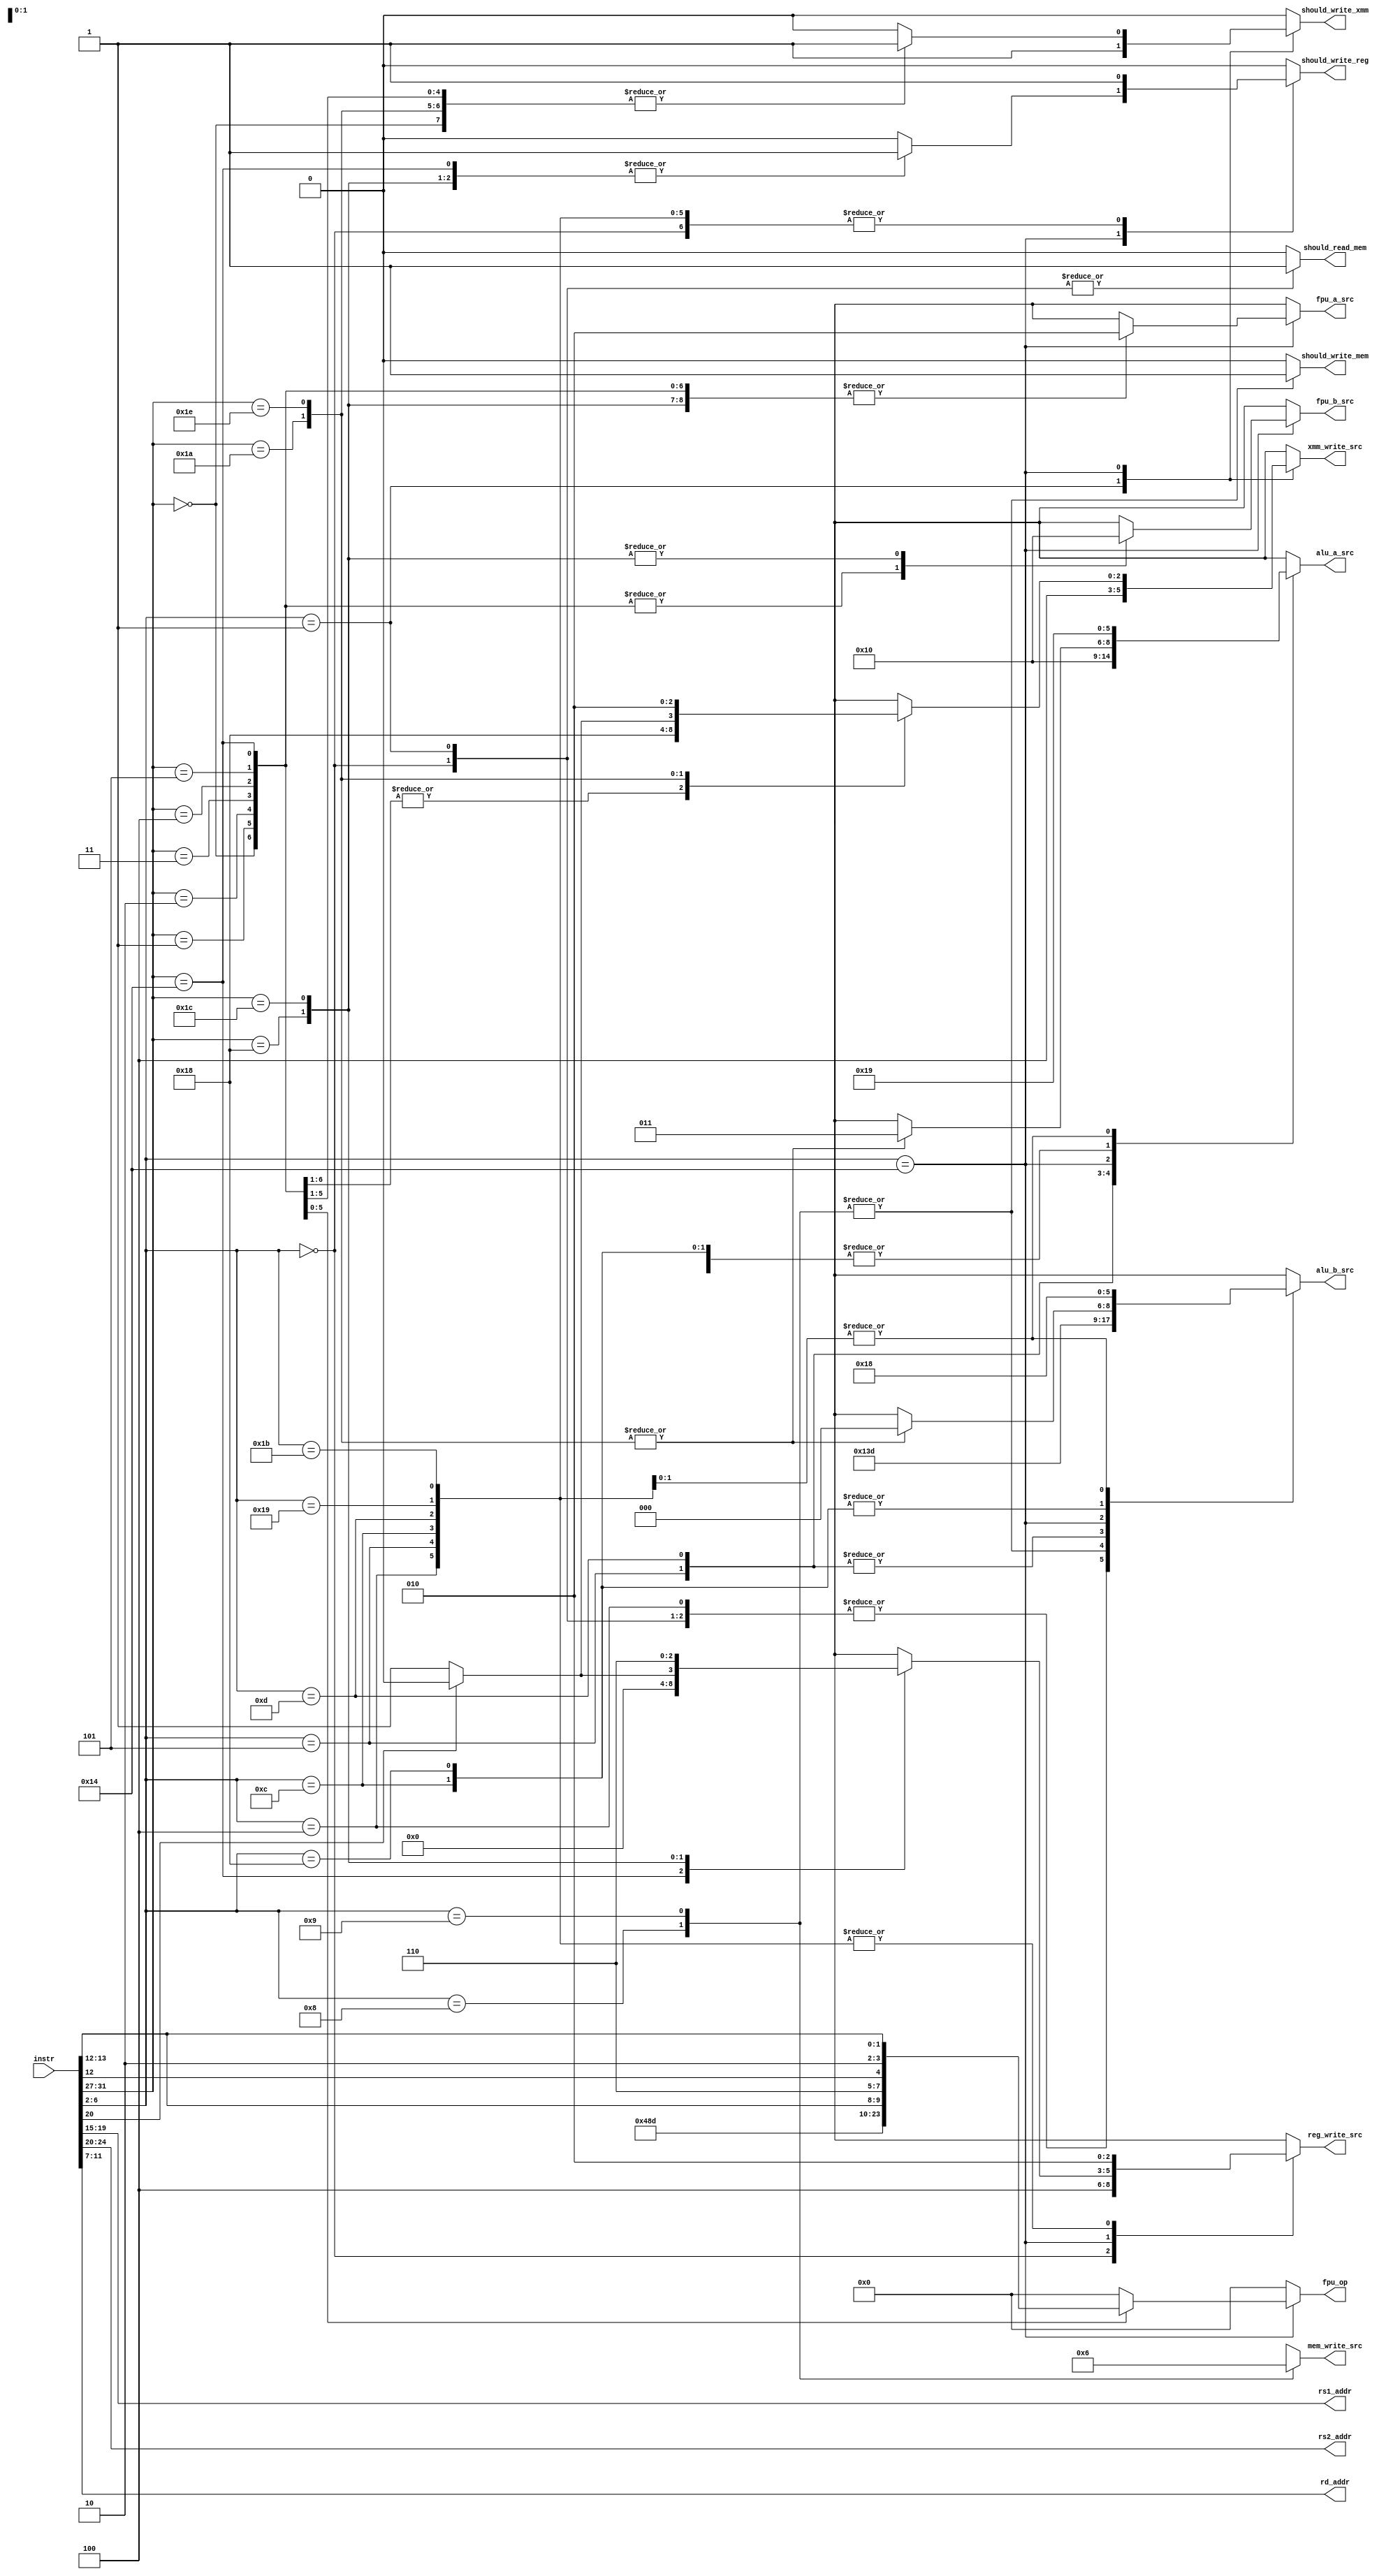
`timescale 1ns/1ps

module InstructionControlExtractor(
  input [31:0] instr,

  output reg should_read_mem,
  output reg should_write_mem,
  output reg should_write_reg,
  output reg should_write_xmm,

  output [4:0] rs1_addr,
  output [4:0] rs2_addr,
  output [4:0] rd_addr,

  output reg [2:0] alu_a_src,
  output reg [2:0] alu_b_src,
  output reg [3:0] fpu_op,
  output reg [2:0] fpu_a_src,
  output reg [2:0] fpu_b_src,
  output reg [2:0] reg_write_src,
  output reg [2:0] xmm_write_src,
  output reg [1:0] mem_write_src
);

  assign rs1_addr = instr[19:15];
  assign rs2_addr = instr[24:20];
  assign rd_addr = instr[11:7];

  localparam ALU_SRC_ZERO      = 3'b000;
  localparam ALU_SRC_PC_PLUS4  = 3'b001;
  localparam ALU_SRC_PC        = 3'b010;
  localparam ALU_SRC_REG       = 3'b011;
  localparam ALU_SRC_IMM12     = 3'b100;
  localparam ALU_SRC_IMM20     = 3'b101;
  localparam ALU_SRC_XMM       = 3'b110;
  localparam ALU_SRC_IMM12HL   = 3'b111;
  localparam ALU_SRC_DONT_CARE = 3'bXXX;

  localparam FPU_SRC_ZERO      = 3'b000;
  localparam FPU_SRC_ONE       = 3'b001;
  localparam FPU_SRC_XMM       = 3'b010;
  localparam FPU_SRC_REG_FP32  = 3'b011;
  localparam FPU_SRC_REG_U32   = 3'b100;
  localparam FPU_SRC_REG_I32   = 3'b101;
  localparam FPU_SRC_DONT_CARE = 3'bXXX;

  localparam REG_WRITE_SRC_FPU_U32   = 3'b000;
  localparam REG_WRITE_SRC_FPU_I32   = 3'b001;
  localparam REG_WRITE_SRC_ALU       = 3'b010;
  localparam REG_WRITE_SRC_MEM       = 3'b100;
  localparam REG_WRITE_SRC_FPU_FP32  = 3'b110;
  localparam REG_WRITE_SRC_DONT_CARE = 3'bXXX;

  localparam XMM_WRITE_SRC_ALU_U32   = 3'b000;
  localparam XMM_WRITE_SRC_ALU_I32   = 3'b001;
  localparam XMM_WRITE_SRC_ALU_FP32  = 3'b010;
  localparam XMM_WRITE_SRC_MEM       = 3'b100;
  localparam XMM_WRITE_SRC_FPU       = 3'b110;
  localparam XMM_WRITE_SRC_DONT_CARE = 3'bXXX;

  localparam MEM_WRITE_SRC_REG = 2'b01;
  localparam MEM_WRITE_SRC_XMM = 2'b10;
  localparam MEM_WRITE_SRC_DONT_CARE = 2'bXX;

  always @(*) begin
    case (instr[6:2])
      // ## Memory Read Access
      //
      // A word will be extracted from address position `rs1 + imm12` and stored
      // in `rd`.
      5'h00: begin
        should_read_mem        <= 1;
        should_write_mem       <= 0;
        should_write_reg       <= 1;
        should_write_xmm       <= 0;
        alu_a_src              <= ALU_SRC_REG;
        alu_b_src              <= ALU_SRC_IMM12;
        fpu_op                 <= 4'b0000;
        fpu_a_src              <= FPU_SRC_DONT_CARE;
        fpu_b_src              <= FPU_SRC_DONT_CARE;
        reg_write_src          <= REG_WRITE_SRC_MEM;
        xmm_write_src          <= XMM_WRITE_SRC_DONT_CARE;
        mem_write_src          <= MEM_WRITE_SRC_DONT_CARE;
      end
      // ## Floating-point Memory Read Access
      //
      // A word will be extracted from address position `rs1 + imm12` and stored
      // in `xd`.
      5'h01: begin
        should_read_mem        <= 1;
        should_write_mem       <= 0;
        should_write_reg       <= 0;
        should_write_xmm       <= 1;
        alu_a_src              <= ALU_SRC_REG;
        alu_b_src              <= ALU_SRC_IMM12;
        fpu_op                 <= 4'b0000;
        fpu_a_src              <= FPU_SRC_DONT_CARE;
        fpu_b_src              <= FPU_SRC_DONT_CARE;
        reg_write_src          <= REG_WRITE_SRC_DONT_CARE;
        xmm_write_src          <= XMM_WRITE_SRC_MEM;
        mem_write_src          <= MEM_WRITE_SRC_DONT_CARE;
      end
      // ## Fences
      5'h03: begin
        // FIXME: (penguinliong) Just a nop for now.
        should_read_mem        <= 0;
        should_write_mem       <= 0;
        should_write_reg       <= 0;
        should_write_xmm       <= 0;
        alu_a_src              <= ALU_SRC_DONT_CARE;
        alu_b_src              <= ALU_SRC_DONT_CARE;
        fpu_op                 <= 4'b0000;
        fpu_a_src              <= FPU_SRC_DONT_CARE;
        fpu_b_src              <= FPU_SRC_DONT_CARE;
        reg_write_src          <= REG_WRITE_SRC_DONT_CARE;
        xmm_write_src          <= XMM_WRITE_SRC_DONT_CARE;
        mem_write_src          <= MEM_WRITE_SRC_DONT_CARE;
      end
      // ## Immediate-value Arithmetic Operations
      5'h04: begin
        should_read_mem        <= 0;
        should_write_mem       <= 0;
        should_write_reg       <= 1;
        should_write_xmm       <= 0;
        alu_a_src              <= ALU_SRC_REG;
        alu_b_src              <= ALU_SRC_IMM12;
        fpu_op                 <= 4'b0000;
        fpu_a_src              <= FPU_SRC_DONT_CARE;
        fpu_b_src              <= FPU_SRC_DONT_CARE;
        reg_write_src          <= REG_WRITE_SRC_ALU;
        xmm_write_src          <= XMM_WRITE_SRC_DONT_CARE;
        mem_write_src          <= MEM_WRITE_SRC_DONT_CARE;
      end
      // ## Add Upper Immediate to PC
      5'h05: begin
        should_read_mem        <= 0;
        should_write_mem       <= 0;
        should_write_reg       <= 1;
        should_write_xmm       <= 0;
        alu_a_src              <= ALU_SRC_PC;
        alu_b_src              <= ALU_SRC_IMM20;
        fpu_op                 <= 4'b0000;
        fpu_a_src              <= FPU_SRC_DONT_CARE;
        fpu_b_src              <= FPU_SRC_DONT_CARE;
        reg_write_src          <= REG_WRITE_SRC_ALU;
        xmm_write_src          <= XMM_WRITE_SRC_DONT_CARE;
        mem_write_src          <= MEM_WRITE_SRC_DONT_CARE;
      end
      // ## Memory Write Access
      //
      // A word in `rs2` will be written back to address position `rs1 + imm12`.
      5'h08: begin
        should_read_mem        <= 0;
        should_write_mem       <= 1;
        should_write_reg       <= 0;
        should_write_xmm       <= 0;
        alu_a_src              <= ALU_SRC_REG;
        alu_b_src              <= ALU_SRC_IMM12HL;
        fpu_op                 <= 4'b0000;
        fpu_a_src              <= FPU_SRC_DONT_CARE;
        fpu_b_src              <= FPU_SRC_DONT_CARE;
        reg_write_src          <= REG_WRITE_SRC_DONT_CARE;
        xmm_write_src          <= XMM_WRITE_SRC_DONT_CARE;
        mem_write_src          <= MEM_WRITE_SRC_REG;
      end
      // ## Floating-point Memory Write Access
      //
      // A word in `xs2` will be written back to address position `rs1 + imm12`.
      5'h09: begin
        should_read_mem        <= 0;
        should_write_mem       <= 1;
        should_write_reg       <= 0;
        should_write_xmm       <= 0;
        alu_a_src              <= ALU_SRC_REG;
        alu_b_src              <= ALU_SRC_IMM12HL;
        fpu_op                 <= 4'b0000;
        fpu_a_src              <= FPU_SRC_DONT_CARE;
        fpu_b_src              <= FPU_SRC_DONT_CARE;
        reg_write_src          <= REG_WRITE_SRC_DONT_CARE;
        xmm_write_src          <= XMM_WRITE_SRC_DONT_CARE;
        mem_write_src          <= MEM_WRITE_SRC_XMM;
      end
      // ## Register-register Arithmetic Operations
      5'h0c: begin
        should_read_mem        <= 0;
        should_write_mem       <= 0;
        should_write_reg       <= 1;
        should_write_xmm       <= 0;
        alu_a_src              <= ALU_SRC_REG;
        alu_b_src              <= ALU_SRC_REG;
        fpu_op                 <= 4'b0000;
        fpu_a_src              <= FPU_SRC_DONT_CARE;
        fpu_b_src              <= FPU_SRC_DONT_CARE;
        reg_write_src          <= REG_WRITE_SRC_ALU;
        xmm_write_src          <= XMM_WRITE_SRC_DONT_CARE;
        mem_write_src          <= MEM_WRITE_SRC_DONT_CARE;
      end
      // ## Load Upper Immediate
      5'h0d: begin
        should_read_mem        <= 0;
        should_write_mem       <= 0;
        should_write_reg       <= 1;
        should_write_xmm       <= 0;
        alu_a_src              <= ALU_SRC_ZERO;
        alu_b_src              <= ALU_SRC_IMM20;
        fpu_op                 <= 4'b0000;
        fpu_a_src              <= FPU_SRC_DONT_CARE;
        fpu_b_src              <= FPU_SRC_DONT_CARE;
        reg_write_src          <= REG_WRITE_SRC_ALU;
        xmm_write_src          <= XMM_WRITE_SRC_DONT_CARE;
        mem_write_src          <= MEM_WRITE_SRC_DONT_CARE;
      end
      // ## Floating-point arithmetics
      5'h14: begin
        case (instr[31:27])
          5'h00: begin // fadd.s
            should_read_mem        <= 0;
            should_write_mem       <= 0;
            should_write_reg       <= 0;
            should_write_xmm       <= 1;
            alu_a_src              <= ALU_SRC_DONT_CARE;
            alu_b_src              <= ALU_SRC_DONT_CARE;
            fpu_op                 <= 4'b0000;
            fpu_a_src              <= FPU_SRC_XMM;
            fpu_b_src              <= FPU_SRC_XMM;
            reg_write_src          <= REG_WRITE_SRC_DONT_CARE;
            xmm_write_src          <= XMM_WRITE_SRC_FPU;
            mem_write_src          <= MEM_WRITE_SRC_DONT_CARE;
          end
          5'h01: begin // fsub.s
            should_read_mem        <= 0;
            should_write_mem       <= 0;
            should_write_reg       <= 0;
            should_write_xmm       <= 1;
            alu_a_src              <= ALU_SRC_DONT_CARE;
            alu_b_src              <= ALU_SRC_DONT_CARE;
            fpu_op                 <= 4'b0001;
            fpu_a_src              <= FPU_SRC_XMM;
            fpu_b_src              <= FPU_SRC_XMM;
            reg_write_src          <= REG_WRITE_SRC_DONT_CARE;
            xmm_write_src          <= XMM_WRITE_SRC_FPU;
            mem_write_src          <= MEM_WRITE_SRC_DONT_CARE;
          end
          5'h02: begin // fmul.s
            should_read_mem        <= 0;
            should_write_mem       <= 0;
            should_write_reg       <= 0;
            should_write_xmm       <= 1;
            alu_a_src              <= ALU_SRC_DONT_CARE;
            alu_b_src              <= ALU_SRC_DONT_CARE;
            fpu_op                 <= 4'b0010;
            fpu_a_src              <= FPU_SRC_XMM;
            fpu_b_src              <= FPU_SRC_XMM;
            reg_write_src          <= REG_WRITE_SRC_DONT_CARE;
            xmm_write_src          <= XMM_WRITE_SRC_FPU;
            mem_write_src          <= MEM_WRITE_SRC_DONT_CARE;
          end
          5'h03: begin // fdiv.s
            should_read_mem        <= 0;
            should_write_mem       <= 0;
            should_write_reg       <= 0;
            should_write_xmm       <= 1;
            alu_a_src              <= ALU_SRC_DONT_CARE;
            alu_b_src              <= ALU_SRC_DONT_CARE;
            fpu_op                 <= 4'b0011;
            fpu_a_src              <= FPU_SRC_XMM;
            fpu_b_src              <= FPU_SRC_XMM;
            reg_write_src          <= REG_WRITE_SRC_DONT_CARE;
            xmm_write_src          <= XMM_WRITE_SRC_FPU;
            mem_write_src          <= MEM_WRITE_SRC_DONT_CARE;
          end
          5'h04: begin // fsgnj.s, fsgnjn.s, fsgnjx.s
            should_read_mem        <= 0;
            should_write_mem       <= 0;
            should_write_reg       <= 0;
            should_write_xmm       <= 1;
            alu_a_src              <= ALU_SRC_DONT_CARE;
            alu_b_src              <= ALU_SRC_DONT_CARE;
            fpu_op                 <= {2'b01, instr[13:12]};
            fpu_a_src              <= FPU_SRC_XMM;
            fpu_b_src              <= FPU_SRC_XMM;
            reg_write_src          <= REG_WRITE_SRC_DONT_CARE;
            xmm_write_src          <= XMM_WRITE_SRC_FPU;
            mem_write_src          <= MEM_WRITE_SRC_DONT_CARE;
          end
          5'h05: begin // fmin.s, fmax.s
            should_read_mem        <= 0;
            should_write_mem       <= 0;
            should_write_reg       <= 0;
            should_write_xmm       <= 1;
            alu_a_src              <= ALU_SRC_DONT_CARE;
            alu_b_src              <= ALU_SRC_DONT_CARE;
            fpu_op                 <= {3'b110, instr[12]};
            fpu_a_src              <= FPU_SRC_XMM;
            fpu_b_src              <= FPU_SRC_XMM;
            reg_write_src          <= REG_WRITE_SRC_DONT_CARE;
            xmm_write_src          <= XMM_WRITE_SRC_FPU;
            mem_write_src          <= MEM_WRITE_SRC_DONT_CARE;
          end
          5'h14: begin // fle.s, flt.s, feq.s
            should_read_mem        <= 0;
            should_write_mem       <= 0;
            should_write_reg       <= 1;
            should_write_xmm       <= 0;
            alu_a_src              <= ALU_SRC_DONT_CARE;
            alu_b_src              <= ALU_SRC_DONT_CARE;
            fpu_op                 <= {2'b10, instr[13:12]};
            fpu_a_src              <= FPU_SRC_XMM;
            fpu_b_src              <= FPU_SRC_XMM;
            reg_write_src          <= REG_WRITE_SRC_FPU_U32;
            xmm_write_src          <= XMM_WRITE_SRC_DONT_CARE;
            mem_write_src          <= MEM_WRITE_SRC_DONT_CARE;
          end
          5'h18: begin // fcvt.w.s, fcvt.wu.s
            should_read_mem        <= 0;
            should_write_mem       <= 0;
            should_write_reg       <= 1;
            should_write_xmm       <= 0;
            alu_a_src              <= ALU_SRC_DONT_CARE;
            alu_b_src              <= ALU_SRC_DONT_CARE;
            fpu_op                 <= 4'b0000;
            fpu_a_src              <= FPU_SRC_XMM;
            fpu_b_src              <= FPU_SRC_ZERO;
            reg_write_src          <= instr[20] ? REG_WRITE_SRC_FPU_U32 : REG_WRITE_SRC_FPU_I32;
            xmm_write_src          <= XMM_WRITE_SRC_DONT_CARE;
            mem_write_src          <= MEM_WRITE_SRC_DONT_CARE;
          end
          5'h1A: begin // fcvt.s.w, fcvt.s.wu
            should_read_mem        <= 0;
            should_write_mem       <= 0;
            should_write_reg       <= 0;
            should_write_xmm       <= 1;
            alu_a_src              <= ALU_SRC_REG;
            alu_b_src              <= ALU_SRC_ZERO;
            fpu_op                 <= 4'b0000;
            fpu_a_src              <= FPU_SRC_DONT_CARE;
            fpu_b_src              <= FPU_SRC_DONT_CARE;
            reg_write_src          <= REG_WRITE_SRC_DONT_CARE;
            xmm_write_src          <= instr[20] ? XMM_WRITE_SRC_ALU_U32 : XMM_WRITE_SRC_ALU_I32;
            mem_write_src          <= MEM_WRITE_SRC_DONT_CARE;
          end
          5'h1C: begin // fmv.x.w
            should_read_mem        <= 0;
            should_write_mem       <= 0;
            should_write_reg       <= 1;
            should_write_xmm       <= 0;
            alu_a_src              <= ALU_SRC_DONT_CARE;
            alu_b_src              <= ALU_SRC_DONT_CARE;
            fpu_op                 <= 4'b0000;
            fpu_a_src              <= FPU_SRC_XMM;
            fpu_b_src              <= FPU_SRC_ZERO;
            reg_write_src          <= REG_WRITE_SRC_FPU_FP32;
            xmm_write_src          <= XMM_WRITE_SRC_DONT_CARE;
            mem_write_src          <= MEM_WRITE_SRC_DONT_CARE;
          end
          5'h1E: begin // fmv.w.x
            should_read_mem        <= 0;
            should_write_mem       <= 0;
            should_write_reg       <= 0;
            should_write_xmm       <= 1;
            alu_a_src              <= ALU_SRC_REG;
            alu_b_src              <= ALU_SRC_ZERO;
            fpu_op                 <= 4'b0000;
            fpu_a_src              <= FPU_SRC_DONT_CARE;
            fpu_b_src              <= FPU_SRC_DONT_CARE;
            reg_write_src          <= REG_WRITE_SRC_DONT_CARE;
            xmm_write_src          <= XMM_WRITE_SRC_ALU_FP32;
            mem_write_src          <= MEM_WRITE_SRC_DONT_CARE;
          end
          default: begin
            should_read_mem        <= 0;
            should_write_mem       <= 0;
            should_write_reg       <= 0;
            should_write_xmm       <= 0;
            alu_a_src              <= ALU_SRC_DONT_CARE;
            alu_b_src              <= ALU_SRC_DONT_CARE;
            fpu_op                 <= 4'b0000;
            fpu_a_src              <= FPU_SRC_DONT_CARE;
            fpu_b_src              <= FPU_SRC_DONT_CARE;
            reg_write_src          <= REG_WRITE_SRC_DONT_CARE;
            xmm_write_src          <= XMM_WRITE_SRC_DONT_CARE;
            mem_write_src          <= MEM_WRITE_SRC_DONT_CARE;
          end
        endcase
      end
      // ## Branch instructions
      5'h18: begin
        should_read_mem        <= 0;
        should_write_mem       <= 0;
        should_write_reg       <= 0;
        should_write_xmm       <= 0;
        alu_a_src              <= ALU_SRC_REG;
        alu_b_src              <= ALU_SRC_REG;
        fpu_op                 <= 4'b0000;
        fpu_a_src              <= FPU_SRC_DONT_CARE;
        fpu_b_src              <= FPU_SRC_DONT_CARE;
        reg_write_src          <= REG_WRITE_SRC_DONT_CARE;
        xmm_write_src          <= XMM_WRITE_SRC_DONT_CARE;
        mem_write_src          <= MEM_WRITE_SRC_DONT_CARE;
      end
      // ## Jump and Link Register
      //
      // The return address will be written to `rd`.
      5'h19: begin
        should_read_mem        <= 0;
        should_write_mem       <= 0;
        should_write_reg       <= 1;
        should_write_xmm       <= 0;
        alu_a_src              <= ALU_SRC_PC_PLUS4;
        alu_b_src              <= ALU_SRC_ZERO;
        fpu_op                 <= 4'b0000;
        fpu_a_src              <= FPU_SRC_DONT_CARE;
        fpu_b_src              <= FPU_SRC_DONT_CARE;
        reg_write_src          <= REG_WRITE_SRC_ALU;
        xmm_write_src          <= XMM_WRITE_SRC_DONT_CARE;
        mem_write_src          <= MEM_WRITE_SRC_DONT_CARE;
      end
      // ## Jump and Link
      //
      // The return address will be written to `rd`.
      5'h1b: begin
        should_read_mem        <= 0;
        should_write_mem       <= 0;
        should_write_reg       <= 1;
        should_write_xmm       <= 0;
        alu_a_src              <= ALU_SRC_PC_PLUS4;
        alu_b_src              <= ALU_SRC_ZERO;
        fpu_op                 <= 4'b0000;
        fpu_a_src              <= FPU_SRC_DONT_CARE;
        fpu_b_src              <= FPU_SRC_DONT_CARE;
        reg_write_src          <= REG_WRITE_SRC_ALU;
        xmm_write_src          <= XMM_WRITE_SRC_DONT_CARE;
        mem_write_src          <= MEM_WRITE_SRC_DONT_CARE;
      end
      // ## Unsupported OPs
      default: begin
        should_read_mem        <= 0;
        should_write_mem       <= 0;
        should_write_reg       <= 0;
        should_write_xmm       <= 0;
        alu_a_src              <= ALU_SRC_DONT_CARE;
        alu_b_src              <= ALU_SRC_DONT_CARE;
        fpu_op                 <= 4'b0000;
        fpu_a_src              <= FPU_SRC_DONT_CARE;
        fpu_b_src              <= FPU_SRC_DONT_CARE;
        reg_write_src          <= REG_WRITE_SRC_DONT_CARE;
        xmm_write_src          <= XMM_WRITE_SRC_DONT_CARE;
        mem_write_src          <= MEM_WRITE_SRC_DONT_CARE;
      end
    endcase
  end

endmodule